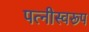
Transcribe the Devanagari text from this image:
पत्नीस्वरूप